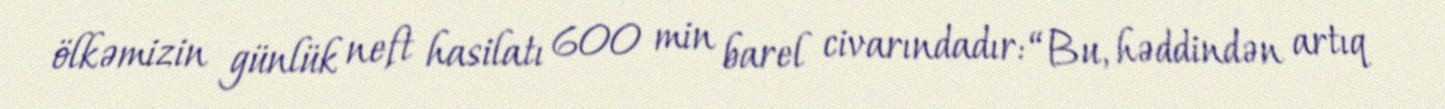
ölkəmizin günlük neft hasilatı 600 min barel civarındadır: “Bu, həddindən artıq